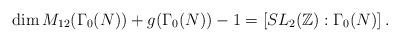
LaTeX: \begin{align*}\dim M_{12}(\Gamma_0(N))+g(\Gamma_0(N))-1=\left[SL_2(\mathbb{Z}):\Gamma_0(N)\right].\end{align*}